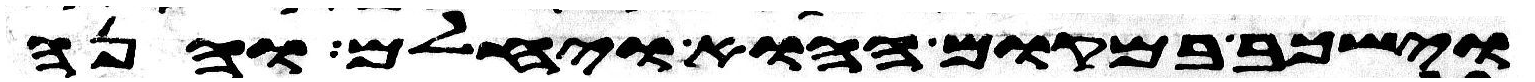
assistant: וישכב במקום ההוא ויחלם והנה